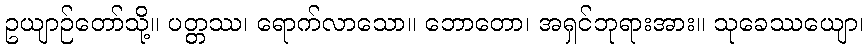
ဥယျာဉ်တော်သို့။ ပတ္တဿ၊ ရောက်လာသော။ ဘောတော၊ အရှင်ဘုရားအား။ သုခေဿယျော၊